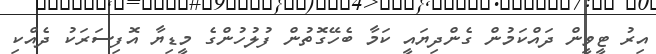
އިރު ޓީވީން ދައްކަމުން ގެންދިޔައީ ކަމާ ބެހޭގޮތުން ފުލުހުންގެ މީޑިޔާ އޮފިސަރަކު ދެއްކި